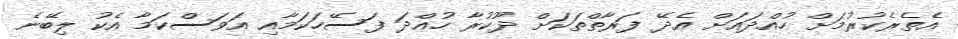
އެތެރެކުރުމަށް ހުއްދައަށް އެދޭ ފަރާތްތަކަށް ދޫކުރާ ހުއްދަ ފަސޭހަކަމާއި އަވަސްކަމާ އެކު ލިބޭނެ